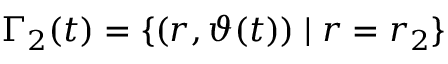
\Gamma _ { 2 } ( t ) = \{ ( r , \vartheta ( t ) ) \; \vert \; r = r _ { 2 } \}